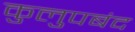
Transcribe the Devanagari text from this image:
कुलुपबंद